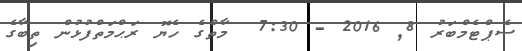
ސެޕްޓެމްބަރު 8